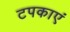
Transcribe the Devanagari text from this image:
टपकाएं